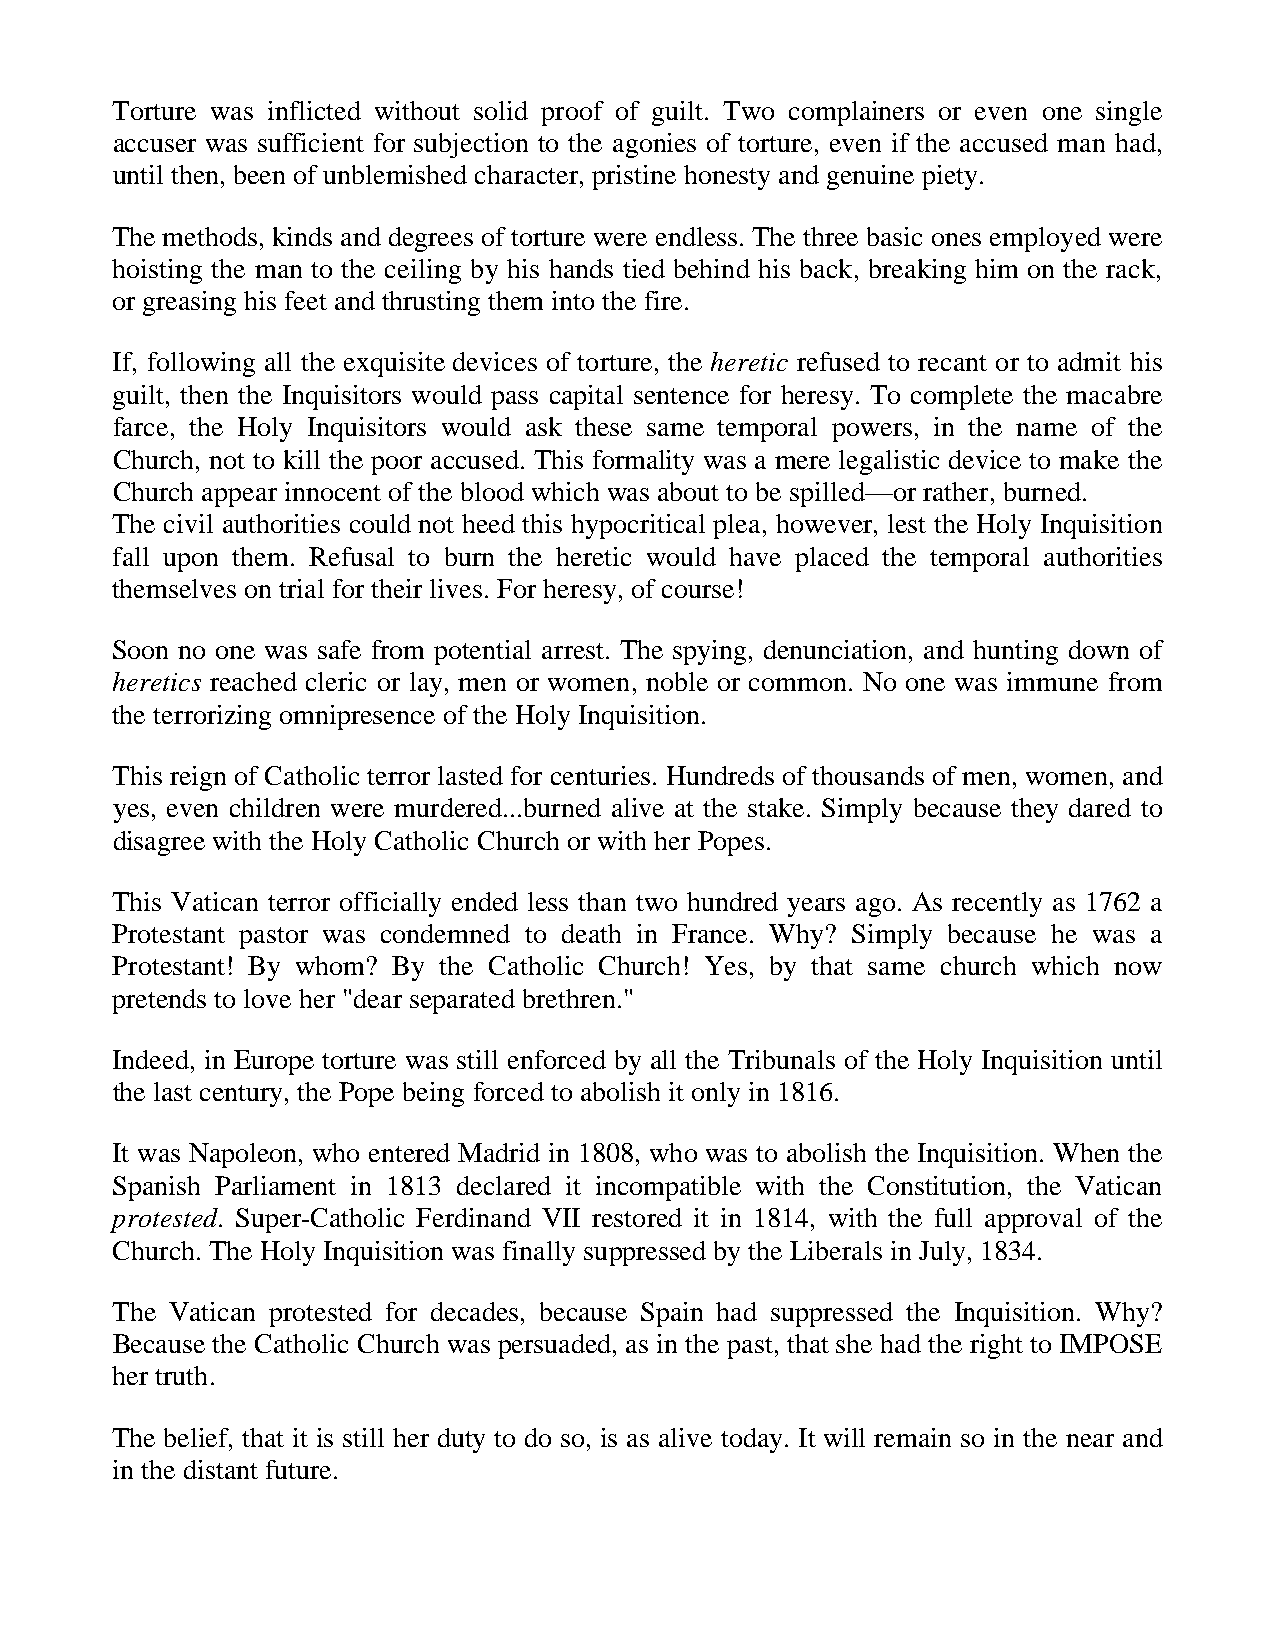
Torture was inflicted without solid proof of guilt. Two complainers or even one single
 accuser was sufficient for subjection to the agonies of torture, even if the accused man had,
 until then, been of unblemished character, pristine honesty and genuine piety.
 The methods, kinds and degrees of torture were endless. The three basic ones employed were
 hoisting the man to the ceiling by his hands tied behind his back, breaking him on the rack,
 or greasing his feet and thrusting them into the fire.
 If, following all the exquisite devices of torture, the heretic refused to recant or to admit his
 guilt, then the Inquisitors would pass capital sentence for heresy. To complete the macabre
 farce, the Holy Inquisitors would ask these same temporal powers, in the name of the
 Church, not to kill the poor accused. This formality was a mere legalistic device to make the
 Church appear innocent of the blood which was about to be spilled—or rather, burned.
 The civil authorities could not heed this hypocritical plea, however, lest the Holy Inquisition
 fall upon them. Refusal to burn the heretic would have placed the temporal authorities
 themselves on trial for their lives. For heresy, of course!
 Soon no one was safe from potential arrest. The spying, denunciation, and hunting down of
 heretics reached cleric or lay, men or women, noble or common. No one was immune from
 the terrorizing omnipresence of the Holy Inquisition.
 This reign of Catholic terror lasted for centuries. Hundreds of thousands of men, women, and
 yes, even children were murdered...burned alive at the stake. Simply because they dared to
 disagree with the Holy Catholic Church or with her Popes.
 This Vatican terror officially ended less than two hundred years ago. As recently as 1762 a
 Protestant pastor was condemned to death in France. Why? Simply because he was a
 Protestant! By whom? By the Catholic Church! Yes, by that same church which now
 pretends to love her "dear separated brethren."
 Indeed, in Europe torture was still enforced by all the Tribunals of the Holy Inquisition until
 the last century, the Pope being forced to abolish it only in 1816.
 It was Napoleon, who entered Madrid in 1808, who was to abolish the Inquisition. When the
 Spanish Parliament in 1813 declared it incompatible with the Constitution, the Vatican
 protested. Super-Catholic Ferdinand VII restored it in 1814, with the full approval of the
 Church. The Holy Inquisition was finally suppressed by the Liberals in July, 1834.
 The Vatican protested for decades, because Spain had suppressed the Inquisition. Why?
 Because the Catholic Church was persuaded, as in the past, that she had the right to IMPOSE
 her truth.
 The belief, that it is still her duty to do so, is as alive today. It will remain so in the near and
 in the distant future.